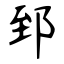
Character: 郅